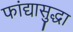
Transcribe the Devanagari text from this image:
फांद्यासुद्धा